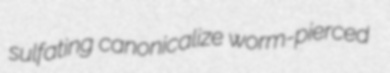
sulfating canonicalize worm-pierced